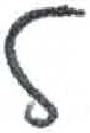
אות: ל